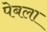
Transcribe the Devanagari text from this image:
पेबला